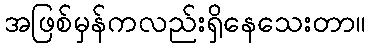
အဖြစ်မှန်ကလည်းရှိနေသေးတာ။